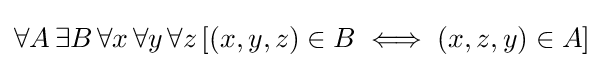
\forall A\,\exists B\,\forall x\,\forall y\,\forall z\,[(x,y,z)\in B\iff (x,z,y)\in A]